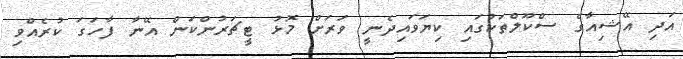
އަދި އޭޝިއާގެ ސްކޫލްތަކުގައި ކިޔަވައިދެނީ ވަރަށް މޮޅު ޓީޗަރުންކަން އޭނާ ފާހަގަ ކުރެއްވި